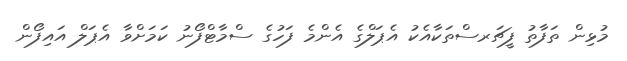
މުޅިން ތަފާތު ފީޗަރސްތަކާއެކު އެޕަލްގެ އެންމެ ފަހުގެ ސްމާޓްފޯނު ކަމަށްވާ އެޕަލް އައިފޯން